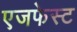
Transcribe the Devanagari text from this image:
एजफेस्ट